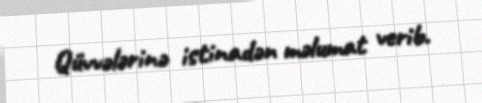
Qüvvələrinə istinadən məlumat verib.